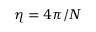
\eta = 4 \pi / N